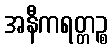
အနီကရတ္တဉ္စ